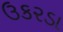
ઉકરડા